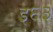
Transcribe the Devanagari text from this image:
इ६३